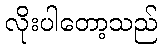
လိုးပါတော့သည်